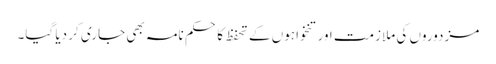
مزدوروں کی ملازمت اور تنخواہوں کے تحفظ کا حکم نامہ بھی جاری کر دیا گیا۔